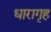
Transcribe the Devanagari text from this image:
धारागृह